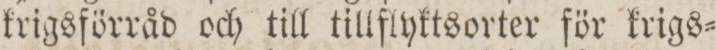
krigsförråd och till tillflyktsorter för krigs=